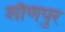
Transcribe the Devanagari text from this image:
शौणपुर